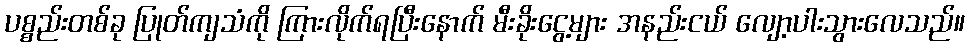
ပစ္စည်းတစ်ခု ပြုတ်ကျသံကို ကြားလိုက်ရပြီးနောက် မီးခိုးငွေ့များ အနည်းငယ် လျော့ပါးသွားလေသည်။